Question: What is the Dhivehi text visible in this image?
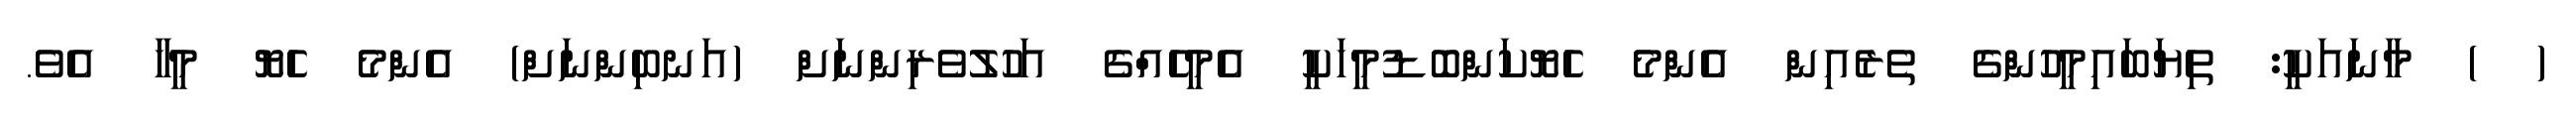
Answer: ( ) މާނައަކީ: ތިޔަބައިމީހުންގެ ތެރެއިން އެންމެ ހެޔޮކަންބޮޑުމީހަކީ އެމީހެއްގެ އަހުލުވެރިންނަށް (އަނބިންނަށް) އެންމެ ހެޔޮ މީހާ އެވެ.